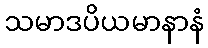
သမာဒပိယမာနာနံ